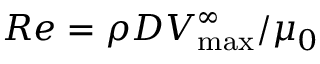
R e = \rho D V _ { \mathrm { m a x } } ^ { \infty } / \mu _ { 0 }